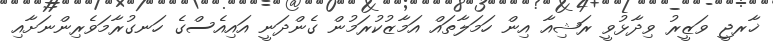
ޚާރޖީ ވަޒީރު ވިދާޅުވީ ރަޝިއާ އިން ހަމަލާތައް އަމާޒުކުރަމުން ގެންދަނީ އައިއެސްގެ ހަނގުރާމަވެރިންނަށާއި